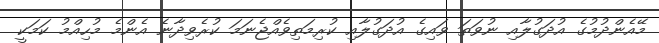
މޭއެންދުމުގެ އުދަގުލާއި ނުވަތަ ވައިގެ އުދަގުލާއި ކުރިމަތިވެއްޖެނަމަ ކުރެވިދާނެ އެންމެ މުހިއްމު ކަމަކީ